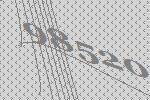
98520